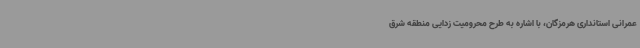
عمرانی استانداری هرمزگان، با اشاره به طرح محرومیت زدایی منطقه شرق